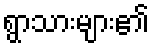
ရွာသားများ၏